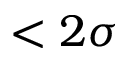
< 2 \sigma